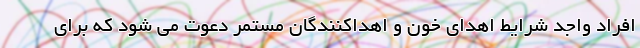
افراد واجد شرایط اهدای خون و اهداکنندگان مستمر دعوت می شود که برای